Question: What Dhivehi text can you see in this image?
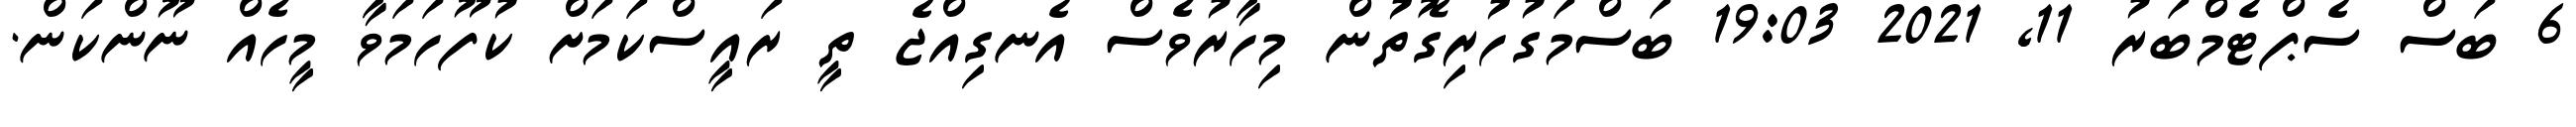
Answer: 6 ބަސް ސެޕްޓެމްބަރު 11, 2021 19:03 ބަސްމަގުހުރިގޮތުން މިހާރުވެސް އެނގިއްޖެ ތީ ރައީސްކަމަށް ކުފޫހަމަވާ މީހެއް ނޫންކަން.